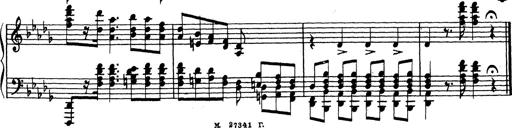
Title: Ballade No.1
Composer: Richard St. Clair